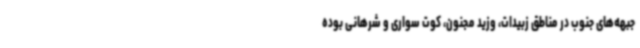
جبهه‌های جنوب در مناطق زبیدات، وزید مجنون، کوت سواری و شرهانی بوده